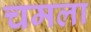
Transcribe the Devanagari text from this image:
चमला